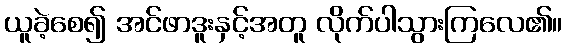
ယူခဲ့စေ၍ အင်ဖာဒူးနှင့်အတူ လိုက်ပါသွားကြလေ၏။